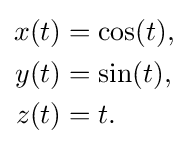
{\begin{aligned}x(t)&=\cos(t),\\y(t)&=\sin(t),\\z(t)&=t.\end{aligned}}